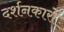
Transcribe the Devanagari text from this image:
दर्शनकारों